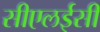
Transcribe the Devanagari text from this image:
सीएलईसी